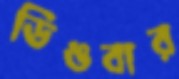
ডিঙবার